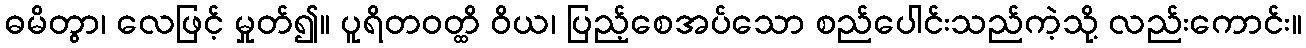
ဓမိတွာ၊ လေဖြင့် မှုတ်၍။ ပူရိတဝတ္ထိ ဝိယ၊ ပြည့်စေအပ်သော စည်ပေါင်းသည်ကဲ့သို့ လည်းကောင်း။